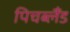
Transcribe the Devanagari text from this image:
पिचब्लैंड